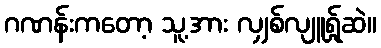
ဂဏန်းကတော့ သူ့အား လျှစ်လျူရ်ှုဆဲ။